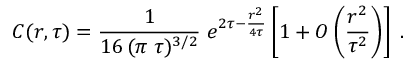
C ( r , \tau ) = { \frac { 1 } { 1 6 \, ( \pi \; \tau ) ^ { 3 / 2 } } } \; e ^ { 2 \tau - { \frac { r ^ { 2 } } { 4 \tau } } } \left[ 1 + { \cal O } \left( { \frac { r ^ { 2 } } { \tau ^ { 2 } } } \right) \right] \; .